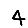
Digit: 4